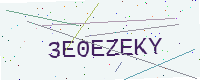
Text: 3E0EZEKY